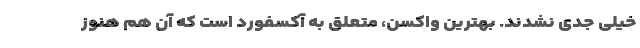
خیلی جدی نشدند. بهترین واکسن، متعلق به آکسفورد است که آن هم هنوز